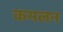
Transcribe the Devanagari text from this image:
कमलन